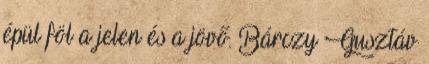
épül föl a jelen és a jövő. Bárczy Gusztáv